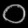
Digit: ၀